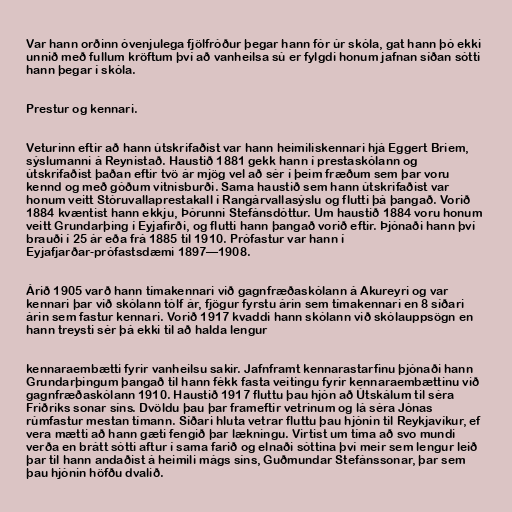
Var hann orðinn óvenjulega fjölfróður þegar hann fór úr skóla, gat hann þó ekki
unnið með fullum kröftum því að vanheilsa sú er fylgdi honum jafnan síðan sótti
hann þegar í skóla.

Prestur og kennari.

Veturinn eftir að hann útskrifaðist var hann heimiliskennari hjá Eggert Briem,
sýslumanni á Reynistað. Haustið 1881 gekk hann í prestaskólann og
útskrifaðist þaðan eftir tvö ár mjög vel að sér í þeim fræðum sem þar voru
kennd og með góðum vitnisburði. Sama haustið sem hann útskrifaðist var
honum veitt Stóruvallaprestakall í Rangárvallasýslu og flutti þá þangað. Vorið
1884 kvæntist hann ekkju, Þórunni Stefánsdóttur. Um haustið 1884 voru honum
veitt Grundarþing í Eyjafirði, og flutti hann þangað vorið eftir. Þjónaði hann því
brauði í 25 ár eða frá 1885 til 1910. Prófastur var hann í
Eyjafjarðar-prófastsdæmi 1897—1908.

Árið 1905 varð hann tímakennari við gagnfræðaskólann á Akureyri og var
kennari þar við skólann tólf ár, fjögur fyrstu árin sem tímakennari en 8 síðari
árin sem fastur kennari. Vorið 1917 kvaddi hann skólann við skólauppsögn en
hann treysti sér þá ekki til að halda lengur

kennaraembætti fyrir vanheilsu sakir. Jafnframt kennarastarfinu þjónaði hann
Grundarþingum þangað til hann fékk fasta veitingu fyrir kennaraembættinu við
gagnfræðaskólann 1910. Haustið 1917 fluttu þau hjón að Útskálum til séra
Friðriks sonar síns. Dvöldu þau þar frameftir vetrinum og lá séra Jónas
rúmfastur mestan tímann. Síðari hluta vetrar fluttu þau hjónin til Reykjavíkur, ef
vera mætti að hann gæti fengið þar lækningu. Virtist um tíma að svo mundi
verða en brátt sótti aftur í sama farið og elnaði sóttina því meir sem lengur leið
þar til hann andaðist á heimili mágs síns, Guðmundar Stefánssonar, þar sem
þau hjónin höfðu dvalið.